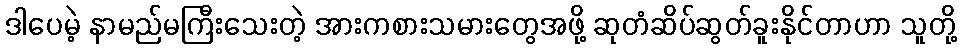
ဒါပေမဲ့ နာမည်မကြီးသေးတဲ့ အားကစားသမားတွေအဖို့ ဆုတံဆိပ်ဆွတ်ခူးနိုင်တာဟာ သူတို့